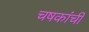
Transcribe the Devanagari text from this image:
चषकांची